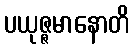
ပယုဇ္ဇမာနောတိ